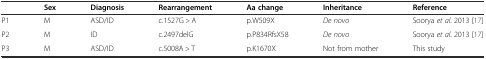
<table><thead><tr><td></td><td><b>Sex</b></td><td><b>Diagnosis</b></td><td><b>Rearrangement</b></td><td><b>Aa change</b></td><td><b>Inheritance</b></td><td><b>Reference</b></td></tr></thead><tbody><tr><td>P1</td><td>M</td><td>ASD/ID</td><td>c.1527G &gt; A</td><td>p.W509X</td><td><i>De novo</i></td><td>Soorya <i>et al</i>. 2013 [17]</td></tr><tr><td>P2</td><td>M</td><td>ID</td><td>c.2497delG</td><td>p.P834RfsX58</td><td><i>De novo</i></td><td>Soorya <i>et al</i>. 2013 [17]</td></tr><tr><td>P3</td><td>M</td><td>ASD/ID</td><td>c.5008A &gt; T</td><td>p.K1670X</td><td>Not from mother</td><td>This study</td></tr></tbody></table>